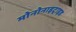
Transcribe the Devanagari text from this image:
मोनोनाइट्राइड